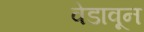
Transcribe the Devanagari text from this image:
वेडावून